65_HS1-834228961_62-HQ-83894_Section_7
Agency: FBI
Page 201
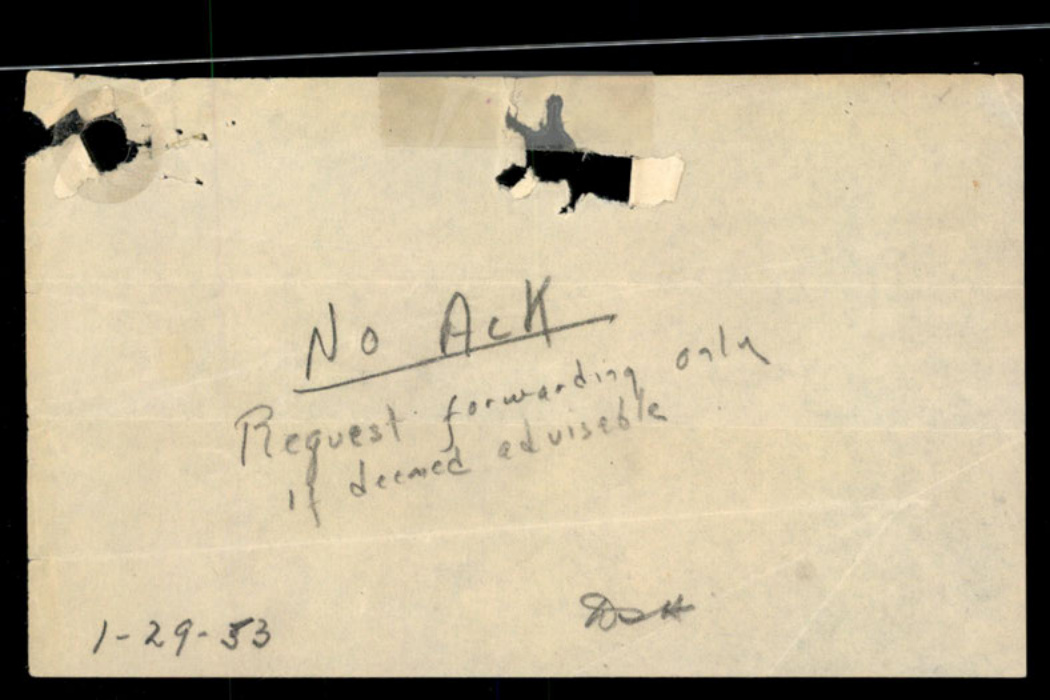